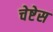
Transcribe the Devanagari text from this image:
चेष्टेस